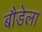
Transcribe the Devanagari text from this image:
बौडेला